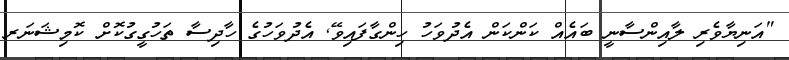
"އަނިޔާވެރި ލާއިންސާނީ ބައެއް ކަންކަން އެދުވަހު ހިންގާފައިވޭ